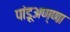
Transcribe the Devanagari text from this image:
पांडूअण्णा